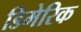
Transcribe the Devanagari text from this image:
डिमेरिक